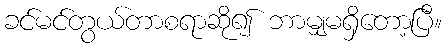
ခင်မင်တွယ်တာစရာဆို၍ ဘာမျှမရှိတော့ပြီ။